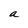
Character: a